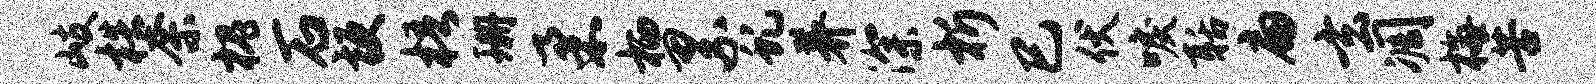
岐梏奈槐石梗梧珊柔栖累虬养深析巳伏唳聒扁玄凋梅苦